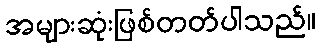
အများဆုံးဖြစ်တတ်ပါသည်။